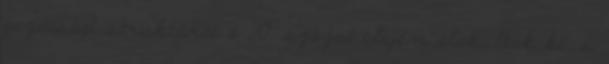
gazdasági struktúrái a 20. század elején alakultak ki, s